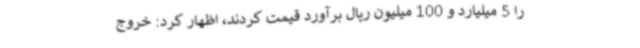
را 5 میلیارد و 100 میلیون ریال برآورد قیمت کردند، اظهار کرد: خروج